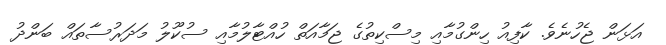
އަޅަން ޖެހުނެވެ. ކާފިއު ހިންގުމާއި މިސްކިތުގެ ޖަމާއަތް ހުއްޓާލުމާއި ސުކޫލު މަދަރުސާތައް ބަންދު